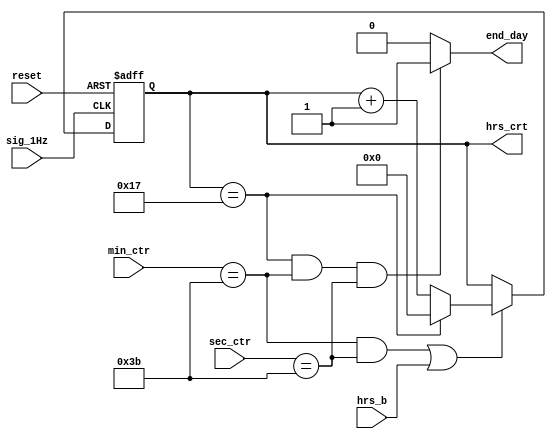
module hrs_counter(
	input sig_1Hz,      			// 1Hz clk signal
	input reset,
	input hrs_b,
	input [5:0] min_ctr, 
	input [5:0] sec_ctr,
	output [4:0] hrs_crt,
	output end_day
);	
	reg [4:0] hrs_counter = 5'b00;
	// Hours counter control
	always@(posedge sig_1Hz or posedge reset)
	begin
		
		if(reset) begin
			hrs_counter <= 5'b0;
		end
		else if((min_ctr == 59) && (sec_ctr == 59) || hrs_b ) begin
			if(hrs_counter == 23) begin
				hrs_counter <= 5'b0;
			end
			else hrs_counter <= hrs_counter +1;
		
		end
		
	end
	assign hrs_crt = hrs_counter;
	assign end_day = ((hrs_counter == 23) && (min_ctr == 59) && (sec_ctr == 59))?1:0 ;
endmodule